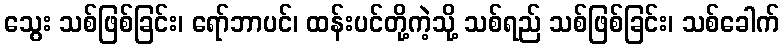
သွေး သစ်ဖြစ်ခြင်း၊ ရော်ဘာပင်၊ ထန်းပင်တို့ကဲ့သို့ သစ်ရည် သစ်ဖြစ်ခြင်း၊ သစ်ခေါက်